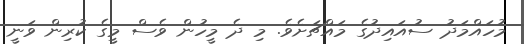
މުހައްމަދު ސުއައިދުގެ މައްޗަށެވެ. މި ދެ މީހުން ވެސް މީގެ ކުރިން ވަނީ